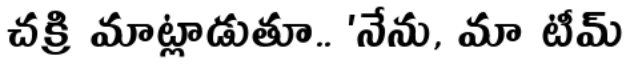
చక్రి మాట్లాడుతూ.. 'నేను, మా టీమ్